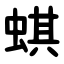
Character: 蜞